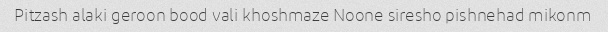
Pitzash alaki geroon bood vali khoshmaze Noone siresho pishnehad mikonm